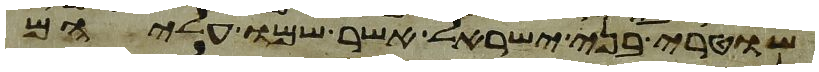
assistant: שוטרי בני ישראל אשר שמו עליהם